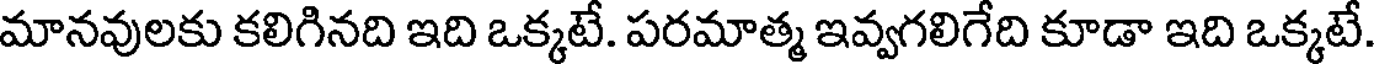
మానవులకు కలిగినది ఇది ఒక్కటే. పరమాత్మ ఇవ్వగలిగేది కూడా ఇది ఒక్కటే.